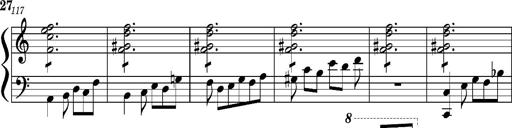
Title: Concerto sans orchestre, S.524a
Composer: Franz Liszt
Key: A major